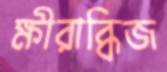
ক্ষীরাব্ধিজ